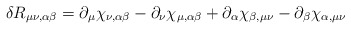
\begin{align*}\delta R_{\mu\nu,\alpha\beta} = \partial_\mu \chi_{\nu,\alpha\beta}- \partial_\nu \chi_{\mu,\alpha\beta} + \partial_\alpha\chi_{\beta,\mu\nu} - \partial_\beta \chi_{\alpha,\mu\nu}\end{align*}